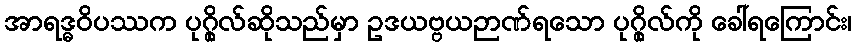
အာရဒ္ဓဝိပဿက ပုဂ္ဂိုလ်ဆိုသည်မှာ ဥဒယဗ္ဗယဉာဏ်ရသော ပုဂ္ဂိုလ်ကို ခေါ်ရကြောင်း၊